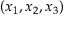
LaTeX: ( x _ { 1 } , x _ { 2 } , x _ { 3 } )